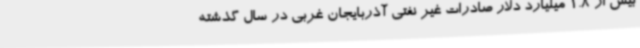
بیش از 1.8 میلیارد دلار صادرات غیر نفتی آذربایجان غربی در سال گذشته